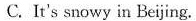
C. It's snowy in Beijing.